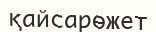
қайсарөжет